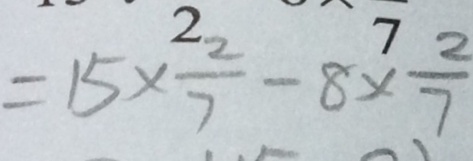
= 1 5 \times \frac { 2 } { 7 } - 8 \times \frac { 2 } { 7 }